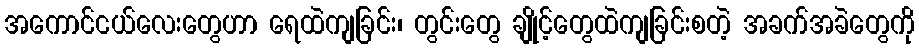
အကောင်ငယ်လေးတွေဟာ ရေထဲကျခြင်း၊ တွင်းတွေ ချိုင့်တွေထဲကျခြင်းစတဲ့ အခက်အခဲတွေကို